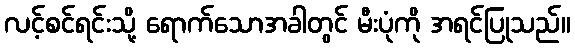
လင့်စင်ရင်းသို့ ရောက်သောအခါတွင် မီးပုံကို အရင်ပြုသည်။